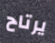
يرتاح